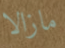
مازالا